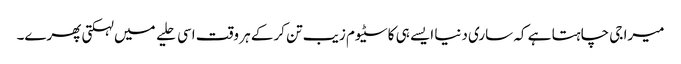
میرا جی چاہتا ہے کہ ساری دنیا ایسے ہی کاسٹیوم زیب تن کرکے ہر وقت اسی حلیے میں لہکتی پھرے۔